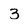
Character: 3